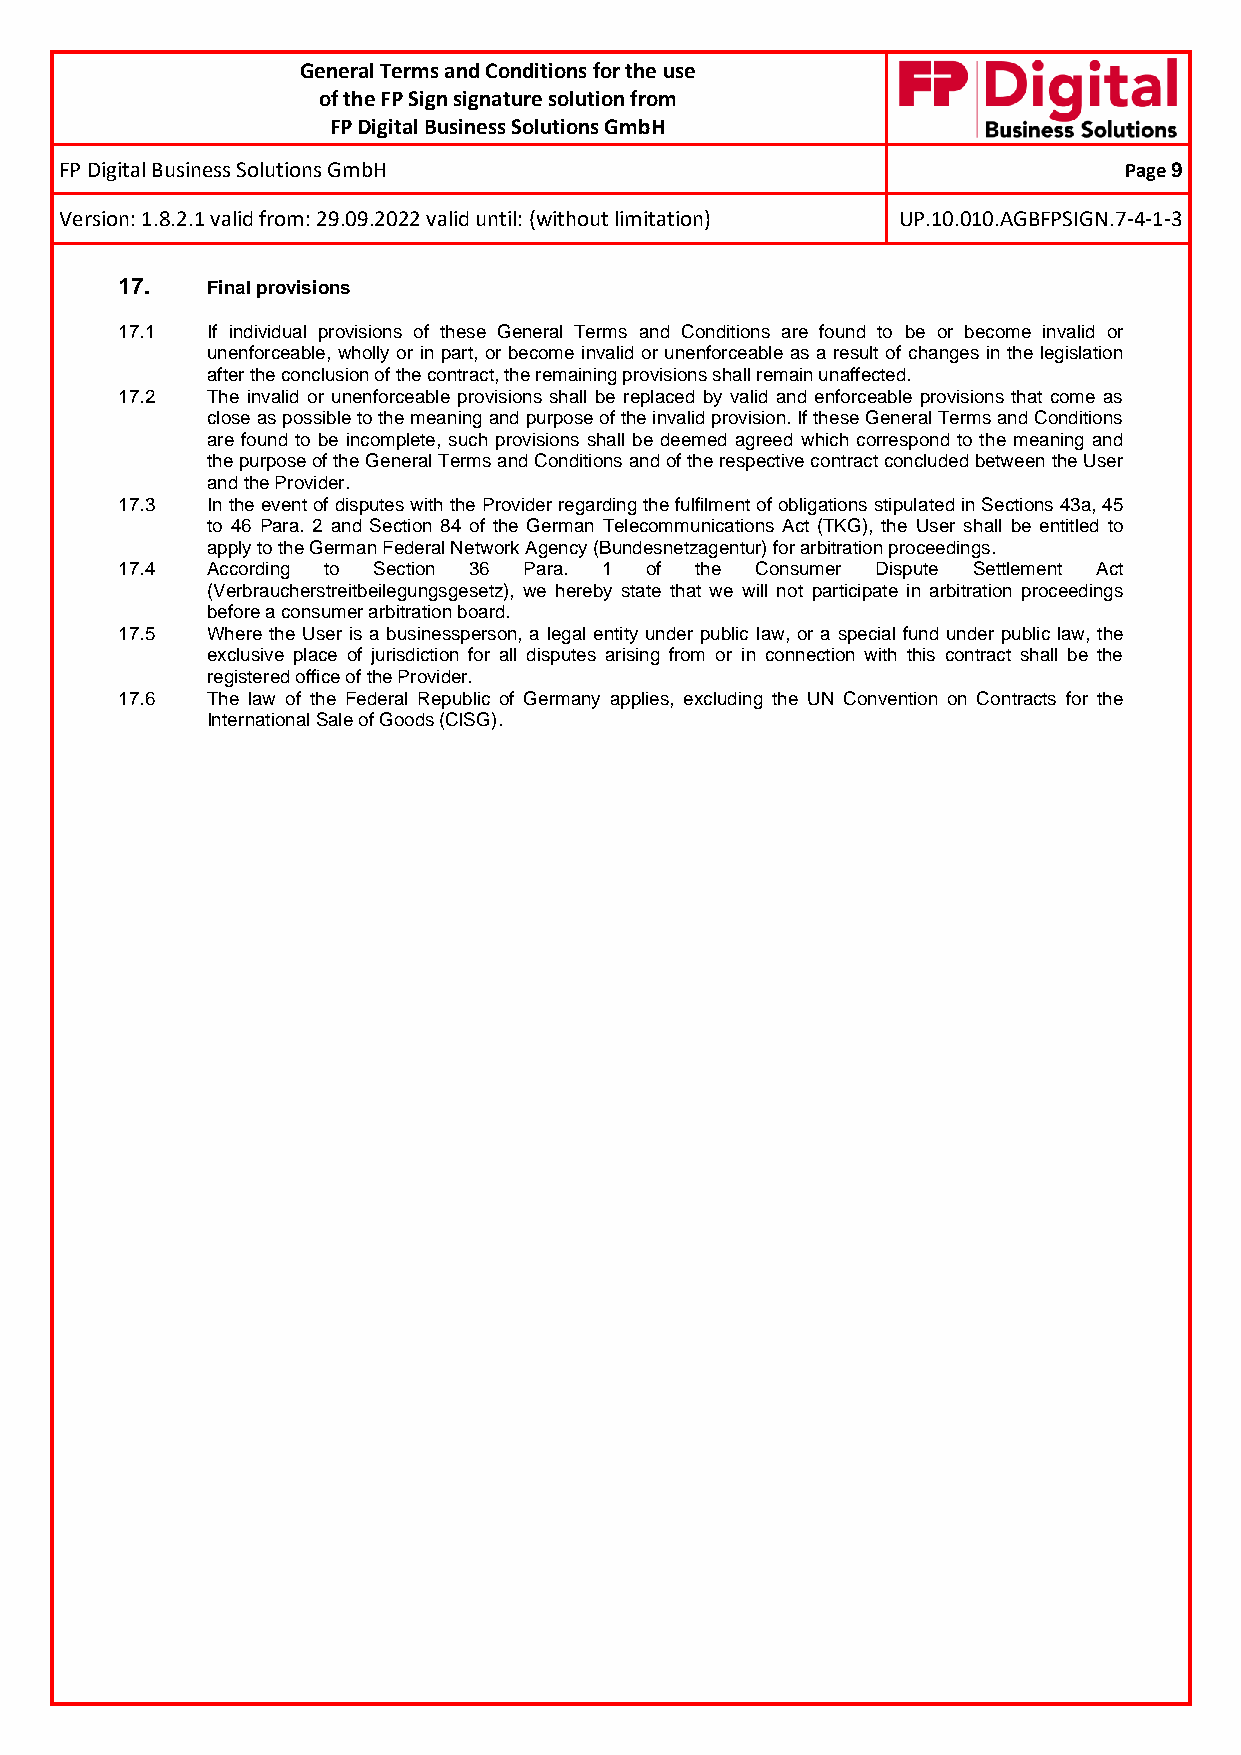
General Terms and Conditions for the use
 of the FP Sign signature solution from
 FP Digital Business Solutions GmbH
 FP Digital Business Solutions GmbH                                    Page 9
 Version: 1.8.2.1 valid from: 29.09.2022 valid until: (without limitation) UP.10.010.AGBFPSIGN.7-4-1-3
 17.   Final provisions
 17.1  If individual provisions of these General Terms and Conditions are found to be or become invalid or
 unenforceable, wholly or in part, or become invalid or unenforceable as a result of changes in the legislation
 after the conclusion of the contract, the remaining provisions shall remain unaffected.
 17.2  The invalid or unenforceable provisions shall be replaced by valid and enforceable provisions that come as
 close as possible to the meaning and purpose of the invalid provision. If these General Terms and Conditions
 are found to be incomplete, such provisions shall be deemed agreed which correspond to the meaning and
 the purpose of the General Terms and Conditions and of the respective contract concluded between the User
 and the Provider.
 17.3  In the event of disputes with the Provider regarding the fulfilment of obligations stipulated in Sections 43a, 45
 to 46 Para. 2 and Section 84 of the German Telecommunications Act (TKG), the User shall be entitled to
 apply to the German Federal Network Agency (Bundesnetzagentur) for arbitration proceedings.
 17.4  According to Section 36 Para. 1 of the Consumer Dispute Settlement Act
 (Verbraucherstreitbeilegungsgesetz), we hereby state that we will not participate in arbitration proceedings
 before a consumer arbitration board.
 17.5  Where the User is a businessperson, a legal entity under public law, or a special fund under public law, the
 exclusive place of jurisdiction for all disputes arising from or in connection with this contract shall be the
 registered office of the Provider.
 17.6  The law of the Federal Republic of Germany applies, excluding the UN Convention on Contracts for the
 International Sale of Goods (CISG).